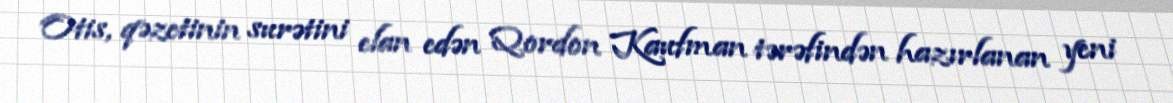
Otis, qəzetinin surətini elan edən Qordon Kaufman tərəfindən hazırlanan yeni